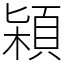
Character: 㯋